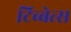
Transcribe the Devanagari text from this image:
टिब्बेत्स